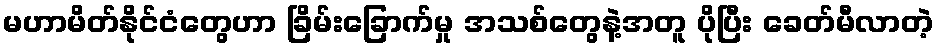
မဟာမိတ်နိုင်ငံတွေဟာ ခြိမ်းခြောက်မှု အသစ်တွေနဲ့အတူ ပိုပြီး ခေတ်မီလာတဲ့